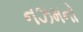
નઝમનો